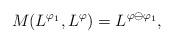
LaTeX: \begin{align*}M(L^{\varphi_1},L^{\varphi})=L^{\varphi\ominus\varphi_1},\end{align*}